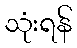
သုံးရန်